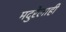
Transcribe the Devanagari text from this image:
मदुरेलाही